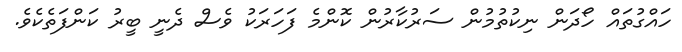
ހައްގުތައް ހޯދަން ނިކުތުމުން ސަރުކާރުން ކޮންމެ ފަހަރަކު ވެސް ދެނީ ބީރު ކަންފަތެކެވެ.